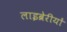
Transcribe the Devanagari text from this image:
लाइब्रेरीयों